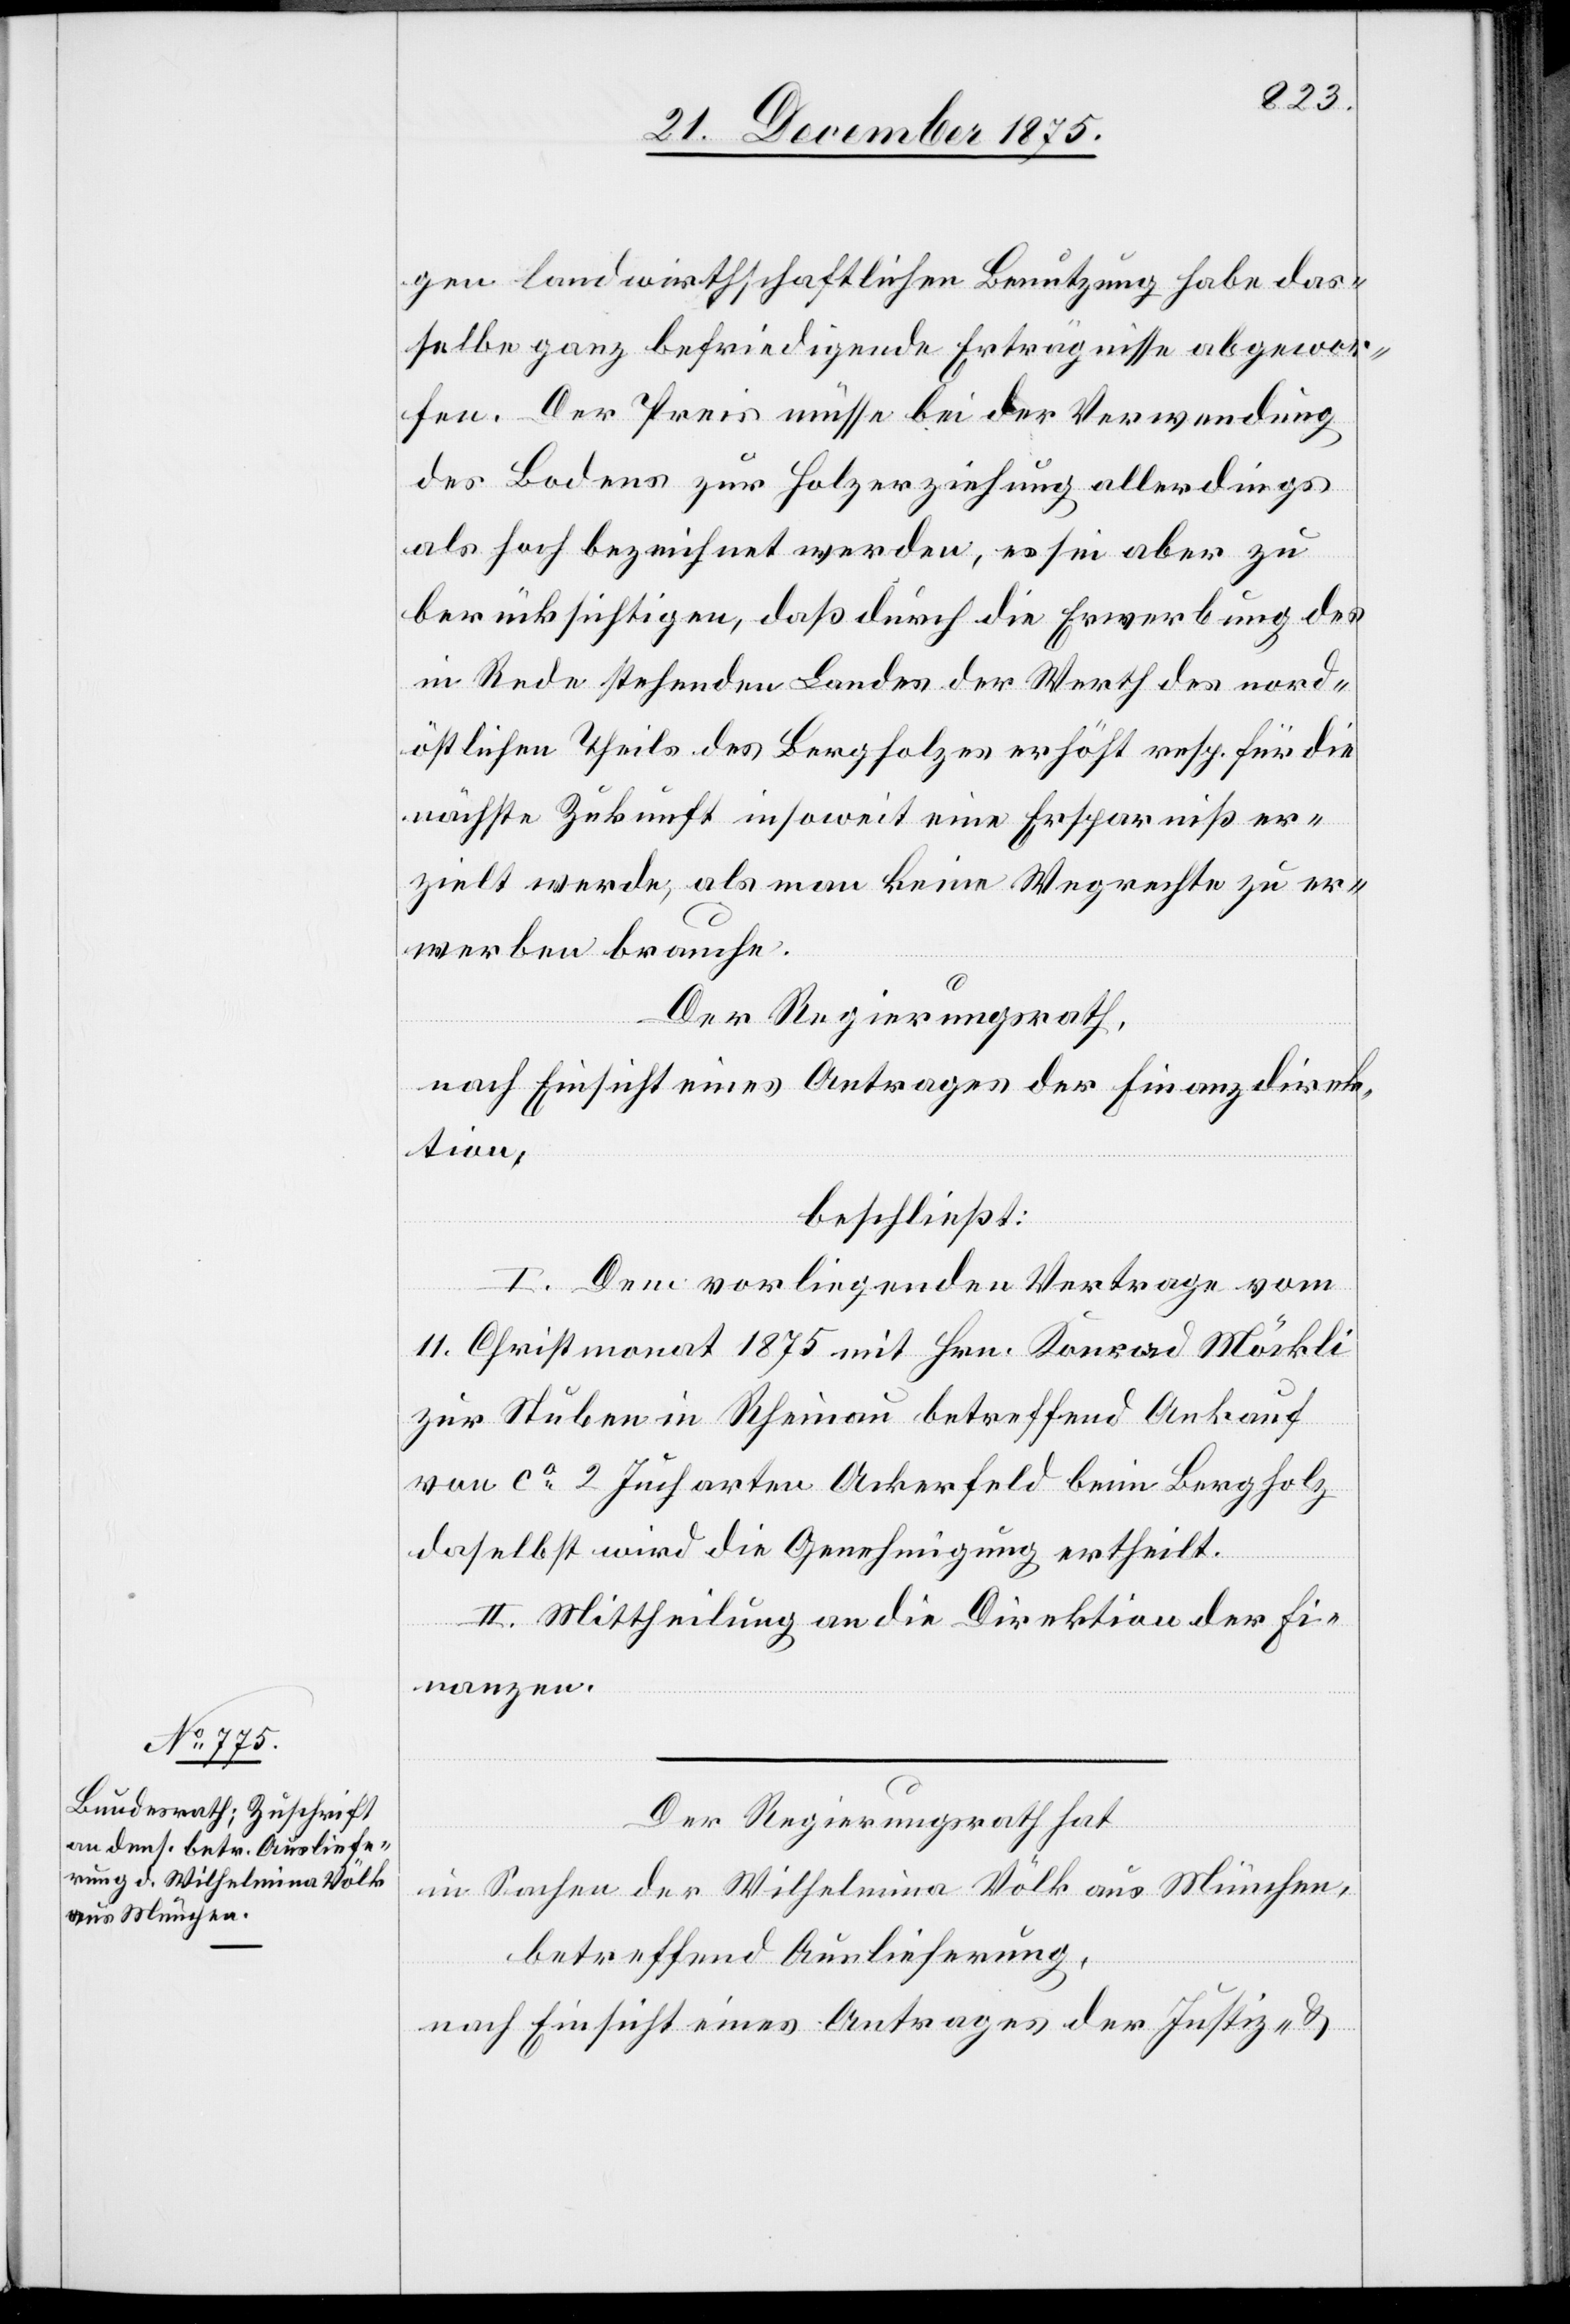
gen landwirthschaftlichen Benutzung habe das¬
selbe ganz befriedigende Erträgnisse abgewor¬
fen. Der Preis müsse bei der Verwendung
des Bodens zur Holzerziehung allerdings
als hoch bezeichnet werden, es sei aber zu
berücksichtigen, daß durch die Erwerbung des
in Rede stehenden Landes der Werth des nord¬
östlichen Theils des Bergholzes erhöht resp. für die
nächste Zukunft insoweit eine Ersparniß er¬
zielt werde, als man keine Wegrechte zu er¬
werben brauche.
Der Regierungsrath,
nach Einsicht eines Antrages der Finanzdirek¬
tion,
beschließt:
I. Dem vorliegenden Vertrage vom
11. Christmonat 1875 mit Hrn. Konrad Möckli
zur Stuben in Rheinau betreffend Ankauf
von ca 2 Jucharten Ackerfeld beim Bergholz
daselbst wird die Genehmigung ertheilt.
II. Mittheilung an die Direktion der Fi¬
nanzen.
Der Regierungsrath hat
in Sachen der Wilhelmina Völk aus München,
betreffend Auslieferung,
nach Einsicht eines Antrages der Justiz- &